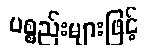
ပစ္စည်းများဖြင့်